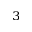
^ 3